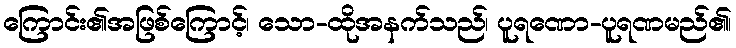
ကြောင်း၏အဖြစ်ကြောင့်၊ သော-ထိုအနက်သည်၊ ပူရဏော-ပူရဏမည်၏၊